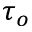
\tau _ { o }